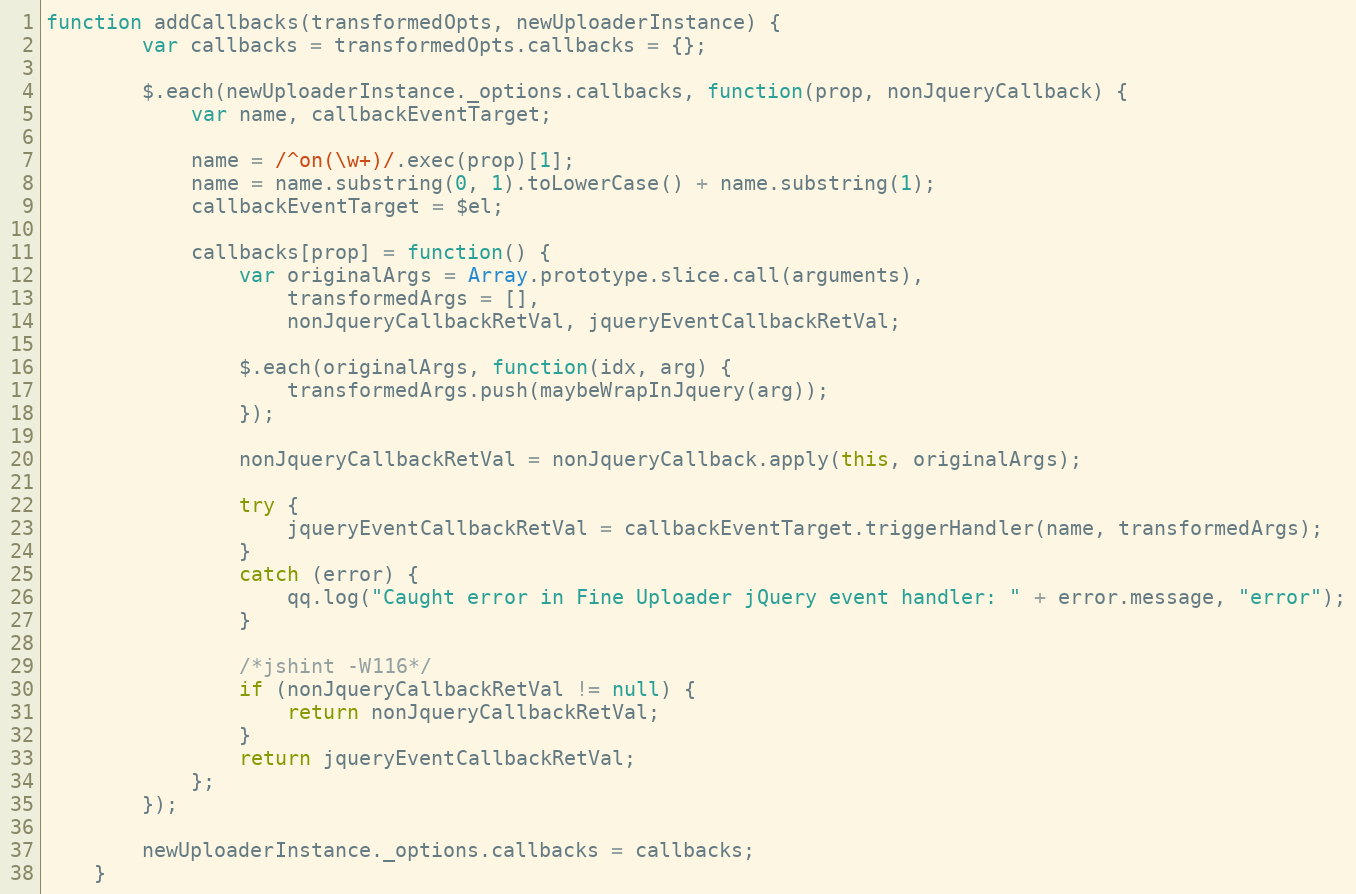
Language: JavaScript
function addCallbacks(transformedOpts, newUploaderInstance) {
        var callbacks = transformedOpts.callbacks = {};

        $.each(newUploaderInstance._options.callbacks, function(prop, nonJqueryCallback) {
            var name, callbackEventTarget;

            name = /^on(\w+)/.exec(prop)[1];
            name = name.substring(0, 1).toLowerCase() + name.substring(1);
            callbackEventTarget = $el;

            callbacks[prop] = function() {
                var originalArgs = Array.prototype.slice.call(arguments),
                    transformedArgs = [],
                    nonJqueryCallbackRetVal, jqueryEventCallbackRetVal;

                $.each(originalArgs, function(idx, arg) {
                    transformedArgs.push(maybeWrapInJquery(arg));
                });

                nonJqueryCallbackRetVal = nonJqueryCallback.apply(this, originalArgs);

                try {
                    jqueryEventCallbackRetVal = callbackEventTarget.triggerHandler(name, transformedArgs);
                }
                catch (error) {
                    qq.log("Caught error in Fine Uploader jQuery event handler: " + error.message, "error");
                }

                /*jshint -W116*/
                if (nonJqueryCallbackRetVal != null) {
                    return nonJqueryCallbackRetVal;
                }
                return jqueryEventCallbackRetVal;
            };
        });

        newUploaderInstance._options.callbacks = callbacks;
    }